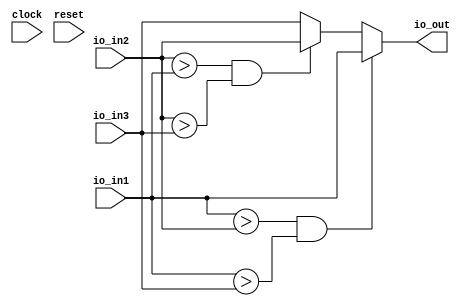
module Max3( // @[:@3.2]
  input         clock, // @[:@4.4]
  input         reset, // @[:@5.4]
  input  [15:0] io_in1, // @[:@6.4]
  input  [15:0] io_in2, // @[:@6.4]
  input  [15:0] io_in3, // @[:@6.4]
  output [15:0] io_out // @[:@6.4]
);
  wire  _T_13; // @[Max3.scala 12:15:@8.4]
  wire  _T_14; // @[Max3.scala 12:34:@9.4]
  wire  _T_15; // @[Max3.scala 12:24:@10.4]
  wire  _T_16; // @[Max3.scala 14:21:@15.6]
  wire  _T_17; // @[Max3.scala 14:40:@16.6]
  wire  _T_18; // @[Max3.scala 14:30:@17.6]
  wire [15:0] _GEN_0; // @[Max3.scala 14:50:@18.6]
  assign _T_13 = io_in1 > io_in2; // @[Max3.scala 12:15:@8.4]
  assign _T_14 = io_in1 > io_in3; // @[Max3.scala 12:34:@9.4]
  assign _T_15 = _T_13 & _T_14; // @[Max3.scala 12:24:@10.4]
  assign _T_16 = io_in2 > io_in1; // @[Max3.scala 14:21:@15.6]
  assign _T_17 = io_in2 > io_in3; // @[Max3.scala 14:40:@16.6]
  assign _T_18 = _T_16 & _T_17; // @[Max3.scala 14:30:@17.6]
  assign _GEN_0 = _T_18 ? io_in2 : io_in3; // @[Max3.scala 14:50:@18.6]
  assign io_out = _T_15 ? io_in1 : _GEN_0; // @[Max3.scala 13:12:@12.6 Max3.scala 15:12:@19.8 Max3.scala 17:12:@22.8]
endmodule